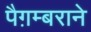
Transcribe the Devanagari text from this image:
पैग़म्बराने